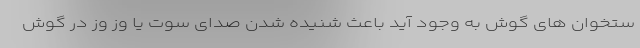
ستخوان های گوش به وجود آید باعث شنیده شدن صدای سوت یا وز وز در گوش